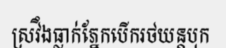
ស្រវឹងធ្លាក់ភ្នែកបើករថយន្តបុក